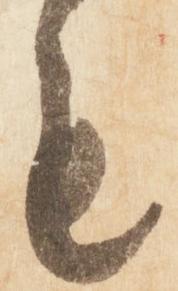
も